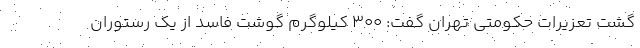
گشت تعزیرات حکومتی تهران گفت: ۳۰۰ کیلوگرم گوشت فاسد از یک رستوران